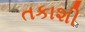
તકાશી